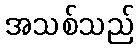
အသစ်သည်